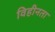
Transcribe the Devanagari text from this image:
विहीनता